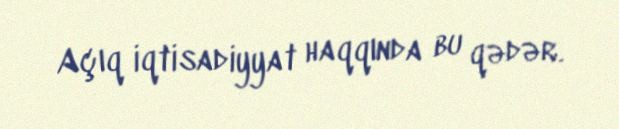
Açıq iqtisadiyyat haqqında bu qədər.